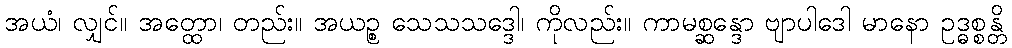
အယံ၊ လျှင်။ အတ္ထော၊ တည်း။ အယဉ္စ သေသသဒ္ဒေါ၊ ကိုလည်း။ ကာမစ္ဆန္ဒော ဗျာပါဒေါ မာနော ဥဒ္ဓစ္စန္တိ